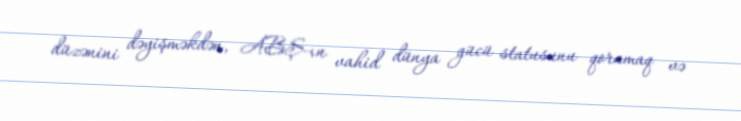
düzənini dəyişməkdən, ABŞ-ın vahid dünya gücü statusunu qorumaq və